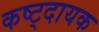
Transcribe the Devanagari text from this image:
कष्ट्दायक